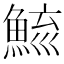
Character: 𩷮